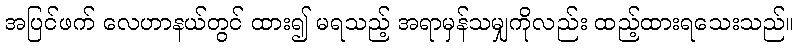
အပြင်ဖက် လေဟာနယ်တွင် ထား၍ မရသည့် အရာမှန်သမျှကိုလည်း ထည့်ထားရသေးသည်။